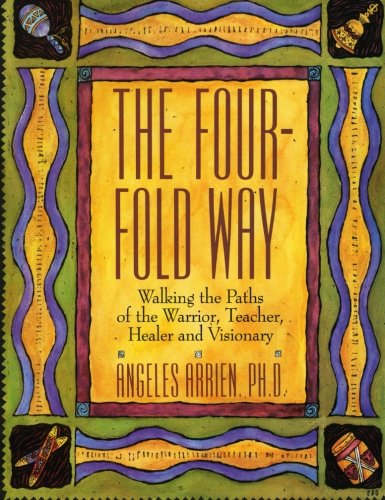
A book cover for The Four-Fold Way: Walking the Paths of the Warrior, Teacher, Healer, and Visionary; Angeles Arrien; Religion & Spirituality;